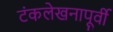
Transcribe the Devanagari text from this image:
टंकलेखनापूर्वी